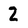
Character: 2